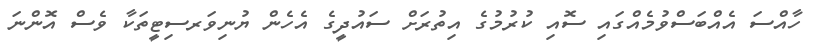
ހާއްސަ އެއްބަސްވުމެއްގައި ސޮއި ކުރުމުގެ އިތުރަށް ސައުދީގެ އެހެން ޔުނިވަރސިޓީތަކާ ވެސް އޮންނަ